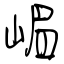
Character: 嵋